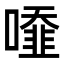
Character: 𠿓